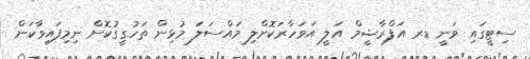
ސިޓީގައި ވަނީ ޑރ އަފްރާޝީމް އަލީ އަވަހާރަކޮށްލި މައްސަލަ މުޅިން ތަހުގީގުކޮށް ނިމިފައިވާކަން